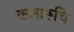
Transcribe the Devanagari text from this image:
कलारूचि